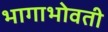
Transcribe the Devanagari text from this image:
भागाभोवती